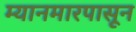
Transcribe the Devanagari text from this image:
म्यानमारपासून